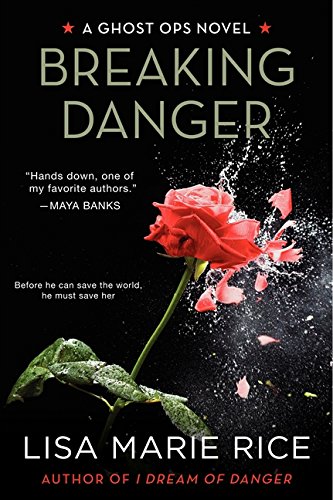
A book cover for Breaking Danger: A Ghost Ops Novel (Ghost Ops Novels); Lisa Marie Rice; Romance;